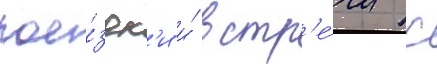
пое́здк'и и́ встр'е́чи с